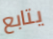
يتابع